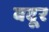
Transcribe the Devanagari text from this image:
बदूर